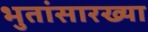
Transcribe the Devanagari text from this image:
भुतांसारख्या